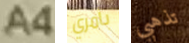
A4 بأمري تذهبي